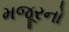
મજૂરનો